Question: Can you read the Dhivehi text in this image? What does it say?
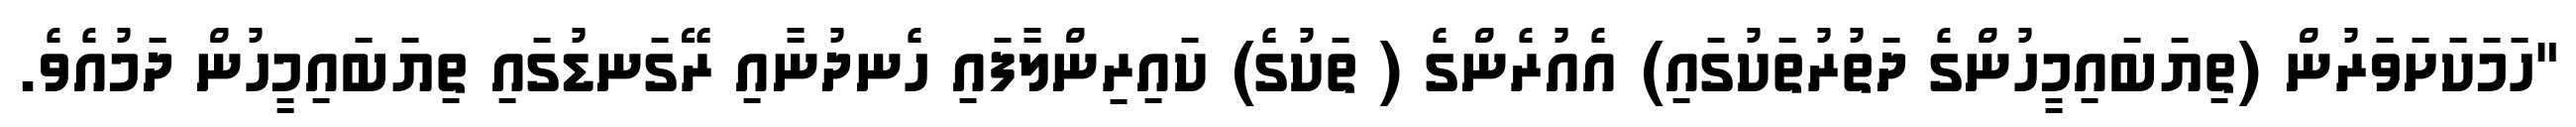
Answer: "ހަމަކަށަވަރުން (ތިޔަބައިމީހުންގެ ދަތުރުތަކުގައި) އެއުރެންގެ ( ތަކުގެ) ކައިރިންލާފައި ހެނދުނާއި ރޭގަނޑުގައި ތިޔަބައިމީހުން ދަމުއެވެ.